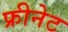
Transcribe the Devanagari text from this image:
फ्रीनेट